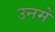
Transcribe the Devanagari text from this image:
उनमेें